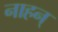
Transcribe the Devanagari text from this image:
नाहन्